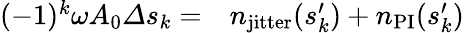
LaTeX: \begin{array}{rl}{(-1)^{k}\omega A_{0}\varDelta s_{k}=}&{{}n_{\mathrm{jitter}}(s_{k}^{\prime})+n_{\mathrm{PI}}(s_{k}^{\prime})}\end{array}